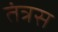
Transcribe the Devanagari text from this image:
तंत्रस